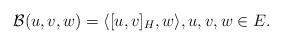
LaTeX: \begin{align*} \mathcal{B}(u,v,w) = \langle [u,v]_H,w\rangle,u,v,w\in E.\end{align*}